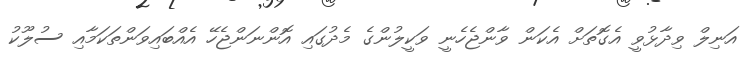
އަނިލް ވިދާޅުވީ އެގޮތަށް އެކަން ވާންޖެހެނީ ވަކީލުންގެ މެދުގައި އޮންނަންޖެހޭ އެއްބައިވަންތަކަމާއި ސުލޫކު